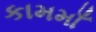
કામમાઁ